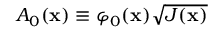
A _ { 0 } ( \mathbf { x } ) \equiv \varphi _ { 0 } ( \mathbf { x } ) \sqrt { J ( \mathbf { x } ) }